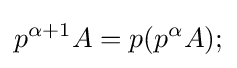
p^{\alpha +1}A=p(p^{\alpha }A);